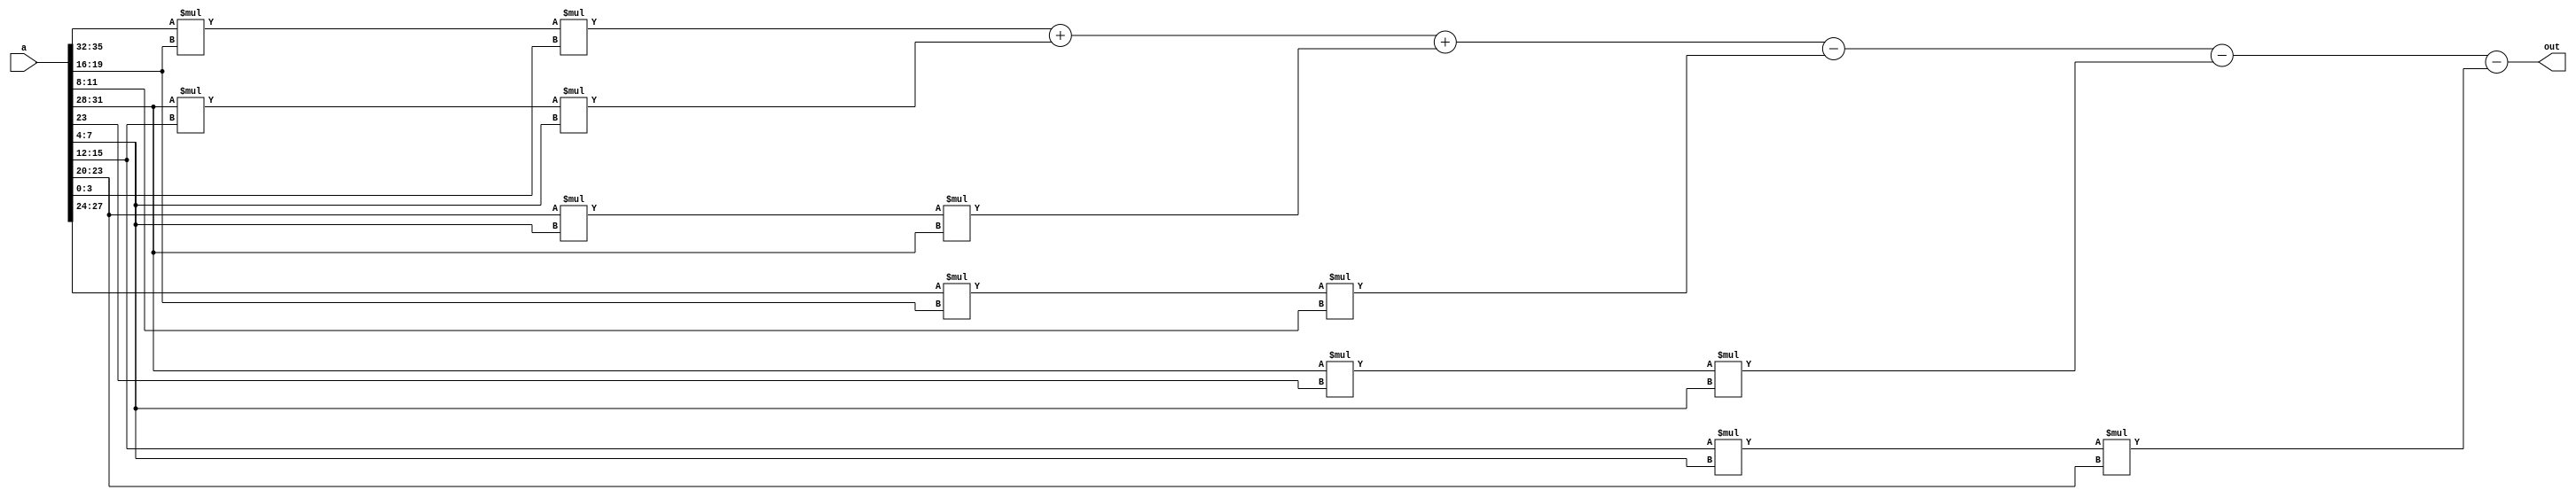
module deter(a,out);
input signed[35:0] a;
output signed[15:0]out;
wire signed[15:0]out;


assign out=($signed(a[35:32])*$signed(a[19:16])*$signed(a[3:0]))+($signed(a[31:28])*$signed(a[15:12])*$signed(a[7:4]))+($signed(a[23:20])*$signed(a[7:4])*$signed(a[31:28]))-($signed(a[27:24])*$signed(a[19:16])*$signed(a[11:8]))-($signed(a[31:28])*$signed(a[23:23])*$signed(a[7:4]))-($signed(a[15:12])*$signed(a[7:4])*$signed(a[23:20]));



endmodule